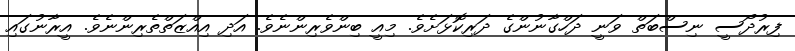
ފިރުދޯސީ ނިސްބަތް ވަނީ ދަހްގާނުންގެ ދަރިކޮޅަށެވެ. މިއީ ބިންވެރިންނެވެ. އަދި އިއްޒަތްތެރިންނެވެ. އީރާނުގައި